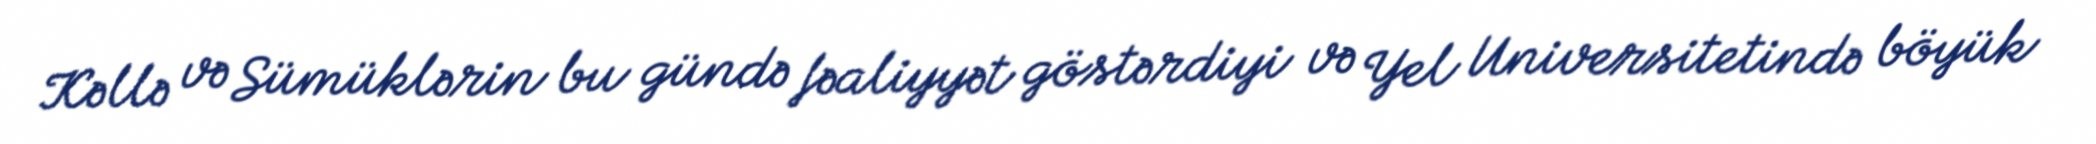
Kəllə və Sümüklərin bu gündə fəaliyyət göstərdiyi və Yel Universitetində böyük